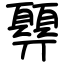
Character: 顨